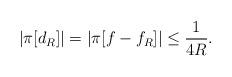
LaTeX: \begin{align*} \left|\pi[ d_R]\right| = \left|\pi[f - f_R] \right| \leq \frac{1}{4R}. \end{align*}